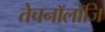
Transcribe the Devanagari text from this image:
तेचनॉलॉजि